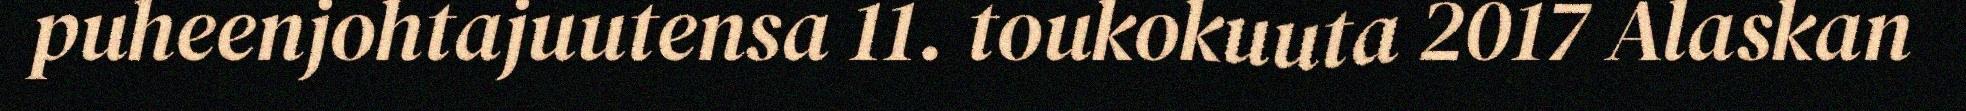
puheenjohtajuutensa 11. toukokuuta 2017 Alaskan